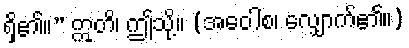
ရှိ၏။” ဣတိ၊ ဤသို့။ (အဝေါစ၊ လျှောက်၏။)